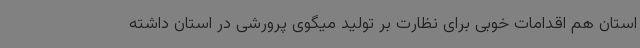
استان هم اقدامات خوبی برای نظارت بر تولید میگوی پرورشی در استان داشته